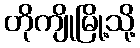
တိုကျိုမြို့သို့